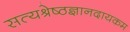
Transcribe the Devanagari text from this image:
सत्यश्रेष्ठज्ञानदायकम